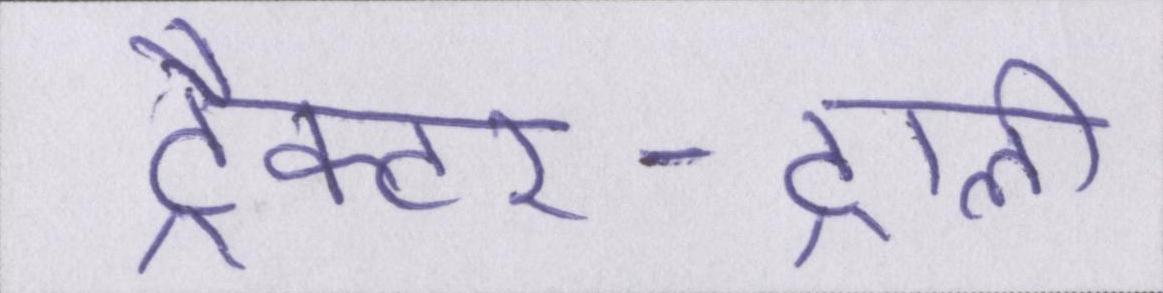
ट्रैक्टर-ट्राली